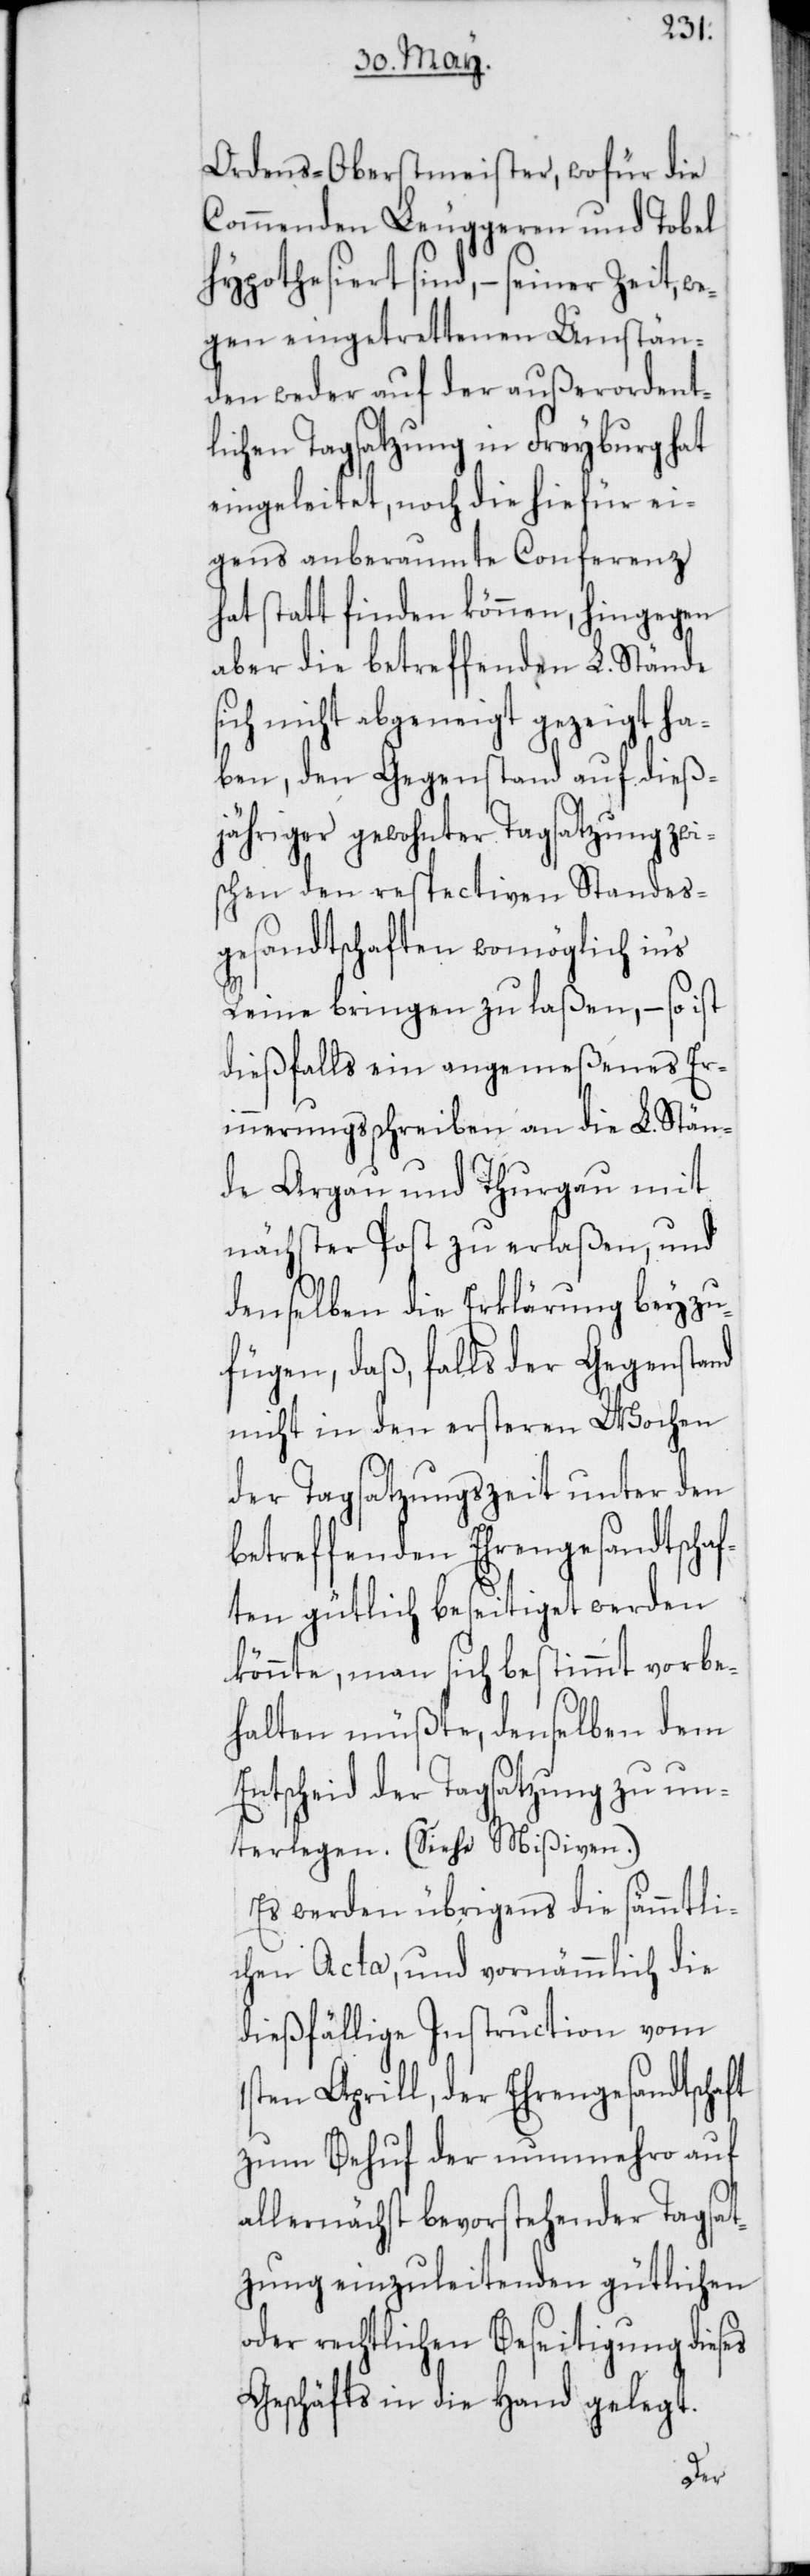
Ordens-Oberstmeister, wofür die
Commenden Leuggeren und Tobel
hypothesiert sind, – seiner Zeit, w¬
egen eingetrettenen Umstän¬
den weder auf der außerordent¬
lichen Tagsatzung in Freyburg hat
eingeleitet, noch die hiefür ei¬
gens anberaumte Conferenz
hat statt finden können, hingegen
aber die betreffenden L. Stände
sich nicht abgeneigt gezeigt ha¬
ben, den Gegenstand auf dieß¬
jähriger gewohnter Tagsatzung zwi¬
schen den respectiven Standes¬
gesandtschaften womöglich ins
Reine bringen zu laßen, – so ist
dießfalls ein angemeßenes Eri¬
nnerungsschreiben an die L. Stän¬
de Argau und Thurgau mit
nächster Post zu erlaßen, und
denselben die Erklärung beyzu¬
fügen, daß, falls der Gegenstand
nicht in den ersteren Wochen
der Tagsatzungszeit unter den
betreffenden Ehrengesandtscha¬
ften gütlich beseitiget werden
könnte, man sich bestimmt vorbe¬
halten müßte, denselben dem
Entscheid der Tagsatzung zu un¬
terlegen. (Siehe Mißiven.)
Es werden übrigens die sämmtli¬
chen Acta, und vornehmlich die
dießfällige Instruction vom
ten Aprill, der Ehrengesandtschaft
zum Behuf der nunmehro auf
allernächst bevorstehender Tagsat¬
zung einzuleitenden gütlichen
oder rechtlichen Beseitigung dieses
Geschäfts in die Hand gelegt.
1s¬